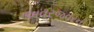
અવરજવરની